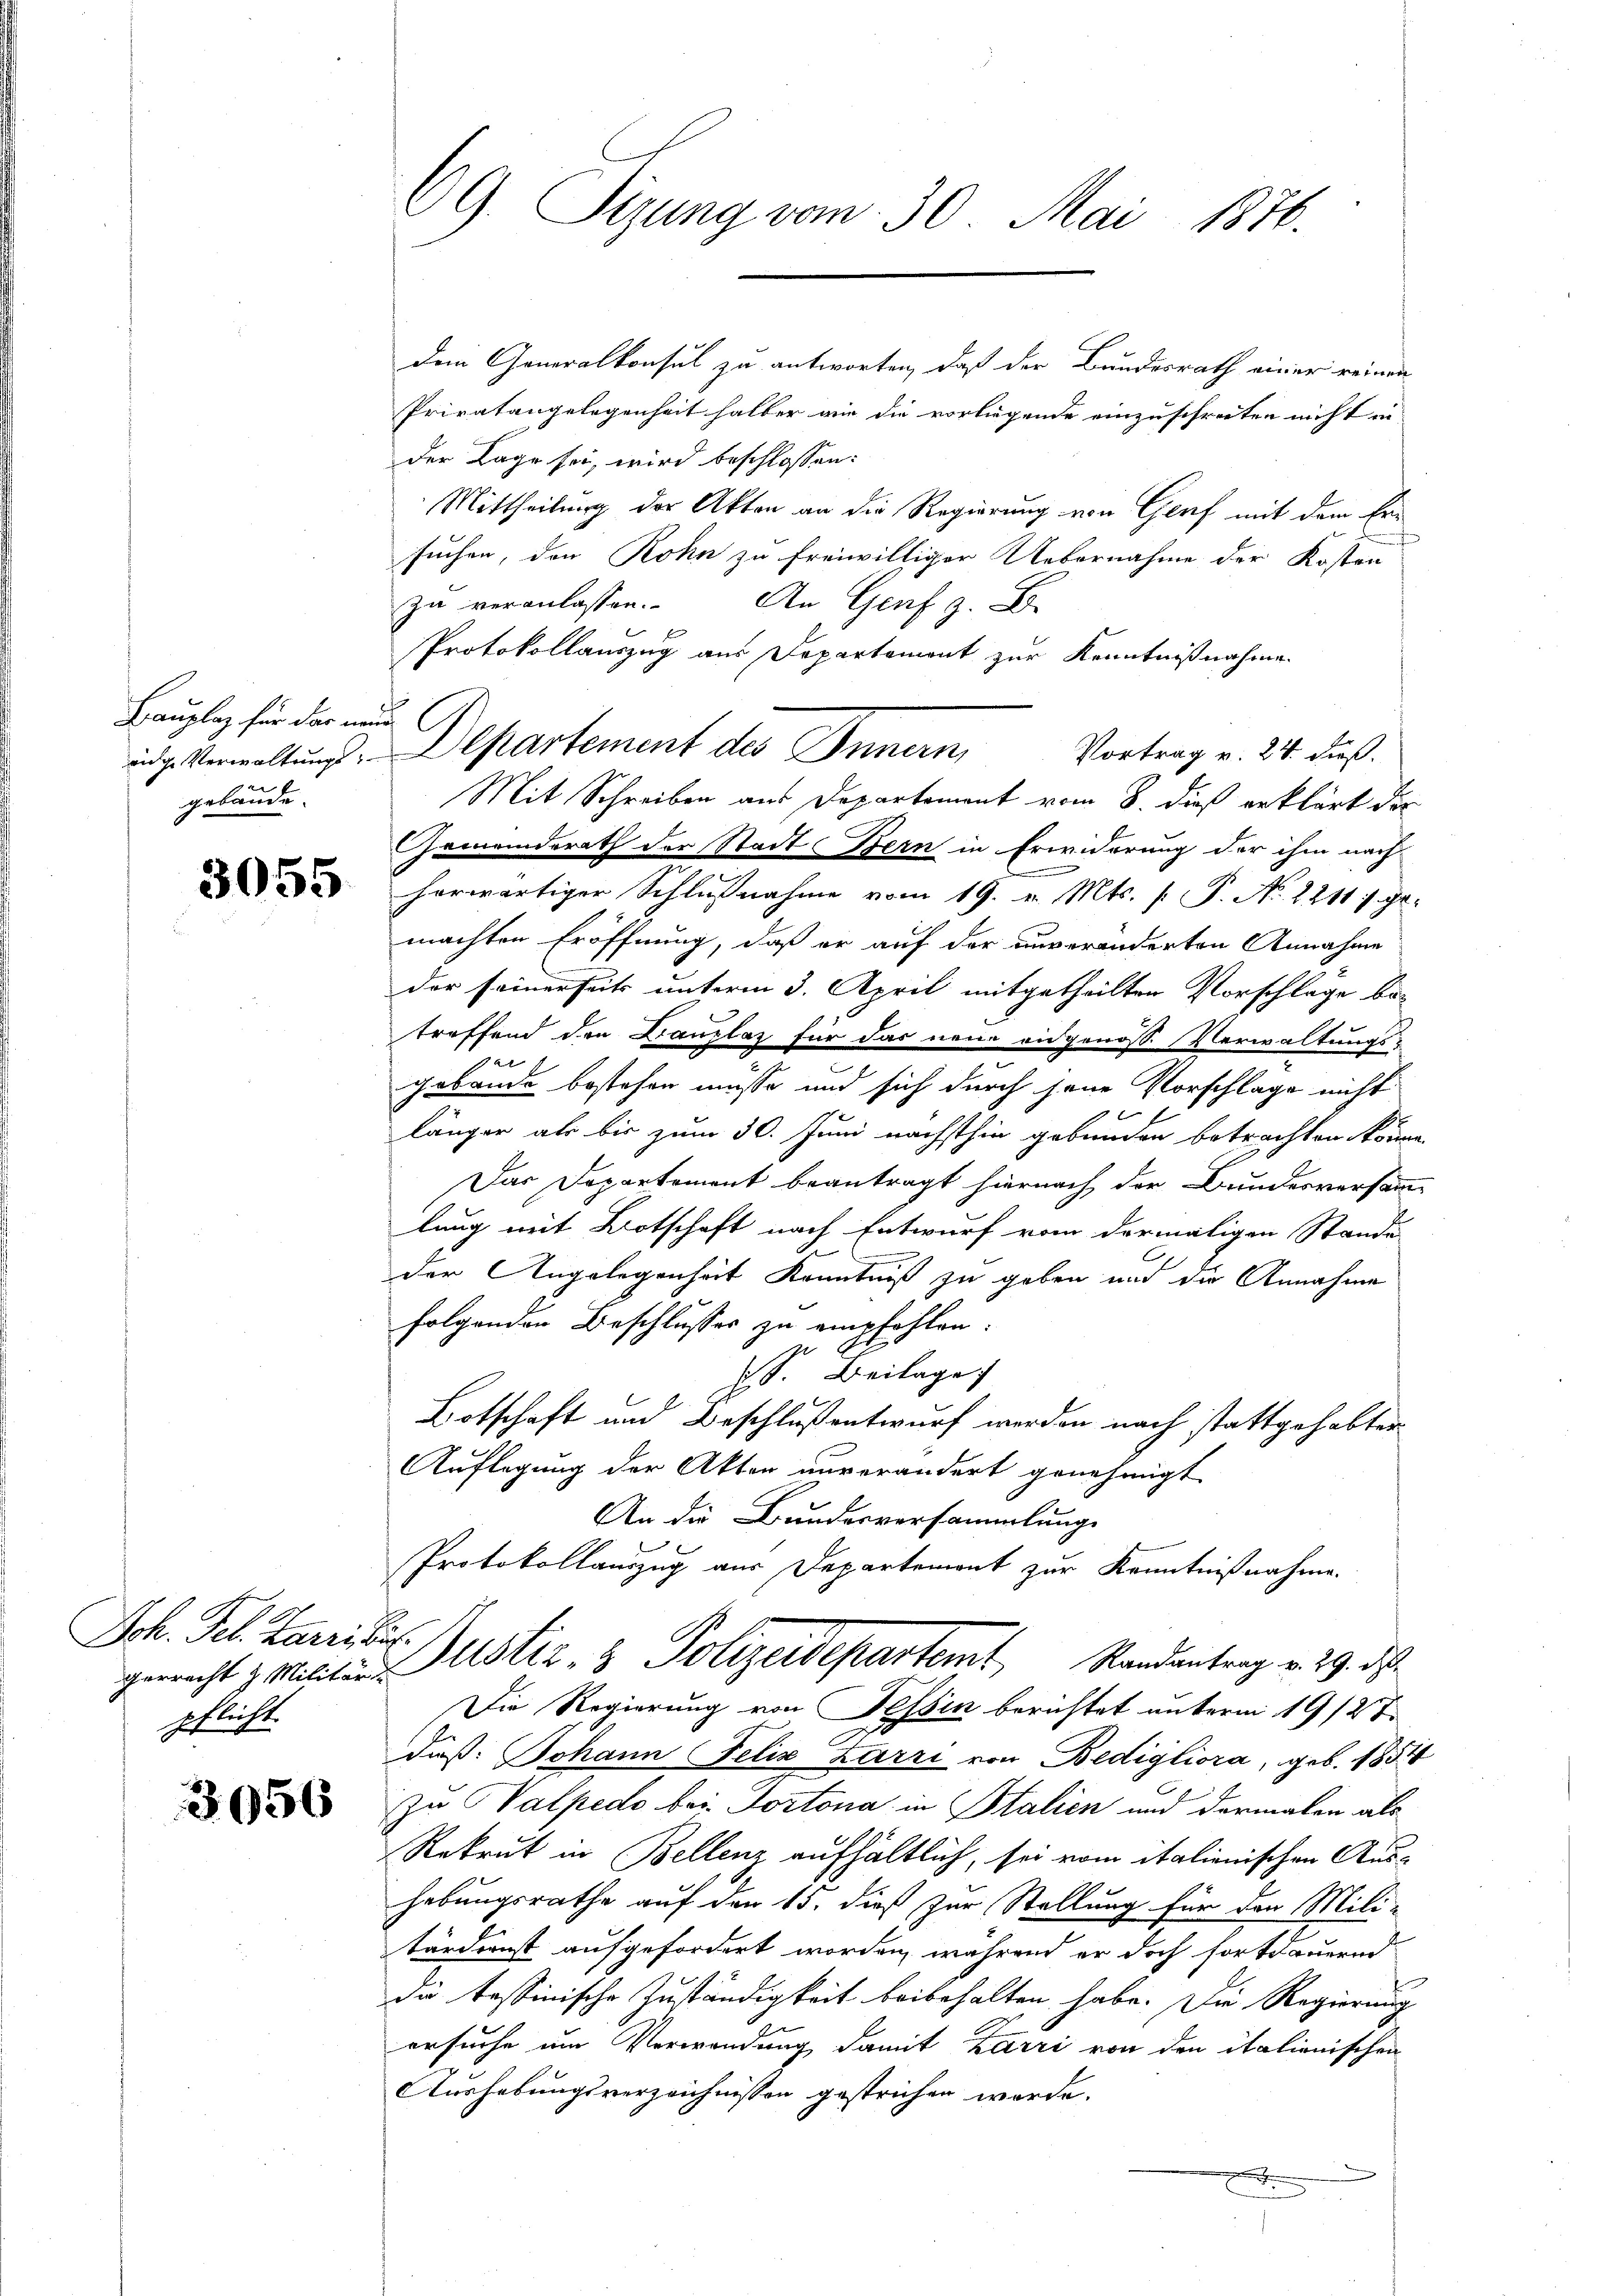
Bauplaz für das nun
gebäude.

3055

Joh. Feb. Marielis.
pflicht.

3056

Dem Generalkonsul zu antworten, daß der Bundesrath einer reinen
Privatangelegenheit halber ain die vorliegende einzuschreiten nicht in
der Lage sei, wird beschlossen:
Mittheilung der Akten an die Regierung von Genf mit dem Ersuchen, den Rohn zu freiwilliger Uebernahme der Kosten
zu veranlassen. An Genf z.
Protokollauszug aus Departement zur Kenntnißnahme
Vortrag v. 24. dieß.
Mit Schreiben aus Departement vom 8. dieß erklärt der
Gemeinderath der Stadt Bern in Erwiderung der ihm nach
herwärtiger Schlußnahme vom 19. v. Mts. [ P. No. 22117 gemachten Eröffnung, daß er auf der anveränderten Annahme
der seinerseits unterm 3. April mitgetheilten Vorschläge be-
treffend den Kanzlaz für das neue eidgenosse Verwaltungs-
gebäude bestehen müsse und sich durch jene Vorschlage nicht
15 x
länger als bis zum 30. Juni nächsthin gebunden betrachten könne.
Das Departement beantragt hiernach der Bundesversamm
lung mit Botschaft nach Entwurf vom dermaligen Stande
der Angelegenheit Kenntniß zu geben und die Annahme
folgenden Beschlusses zu empfohlen.
S. Beilage
Botschaft und Beschlußentwurf werden nach stattgehabter
Auflegung der Akten unverändert genehmigt
An die Bundesversammlung
Protokollauszug aus Departement zur Kenntnißnahme
gerrecht z. Militär Justiz- & Polizeidepartemt, Randantrag v. 29. ds.
Die Regierung von Tessin berichtet unterm 19/2 t
daß: Johann Felix Zarzi von Bedigliora, geb. 1854
zu Valpedo bei Portona in Stalien und dermalen als
Rekrut in Bellenz aufhältlich, sei vom italienischen Aus-
hebungsrathe auf den 15. dieß zur Stellung für den Mili-
tärdienst aufgefordert worden, während er doch fortdauernd
die tessinische Zuständigkeit beibehalten habe. Die Regierung
ersuche um Verwendung damit Karri von den italienischen
Aushebungsverzeichnissen gestrichen werde.

69. Sizung vom 30. Mai 1870.

ing. Verwaltŭngs-Departement des Innern,